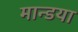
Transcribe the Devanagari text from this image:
मान्डया